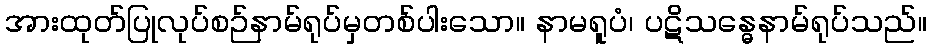
အားထုတ်ပြုလုပ်စဉ်နာမ်ရုပ်မှတစ်ပါးသော။ နာမရူပံ၊ ပဋိသန္ဓေနာမ်ရုပ်သည်။